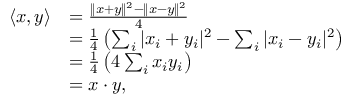
{ \begin{array} { r l } { \langle x , y \rangle } & { = { \frac { \| x + y \| ^ { 2 } - \| x - y \| ^ { 2 } } { 4 } } } \\ & { = { \frac { 1 } { 4 } } \left( \sum _ { i } | x _ { i } + y _ { i } | ^ { 2 } - \sum _ { i } | x _ { i } - y _ { i } | ^ { 2 } \right) } \\ & { = { \frac { 1 } { 4 } } \left( 4 \sum _ { i } x _ { i } y _ { i } \right) } \\ & { = x \cdot y , } \end{array} }